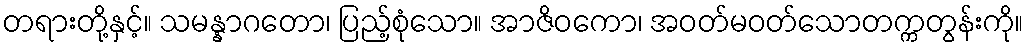
တရားတို့နှင့်။ သမန္နာဂတော၊ ပြည့်စုံသော။ အာဇိဝကော၊ အဝတ်မဝတ်သောတက္ကတွန်းကို။